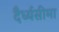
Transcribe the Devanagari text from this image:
दैर्ध्यसीमा